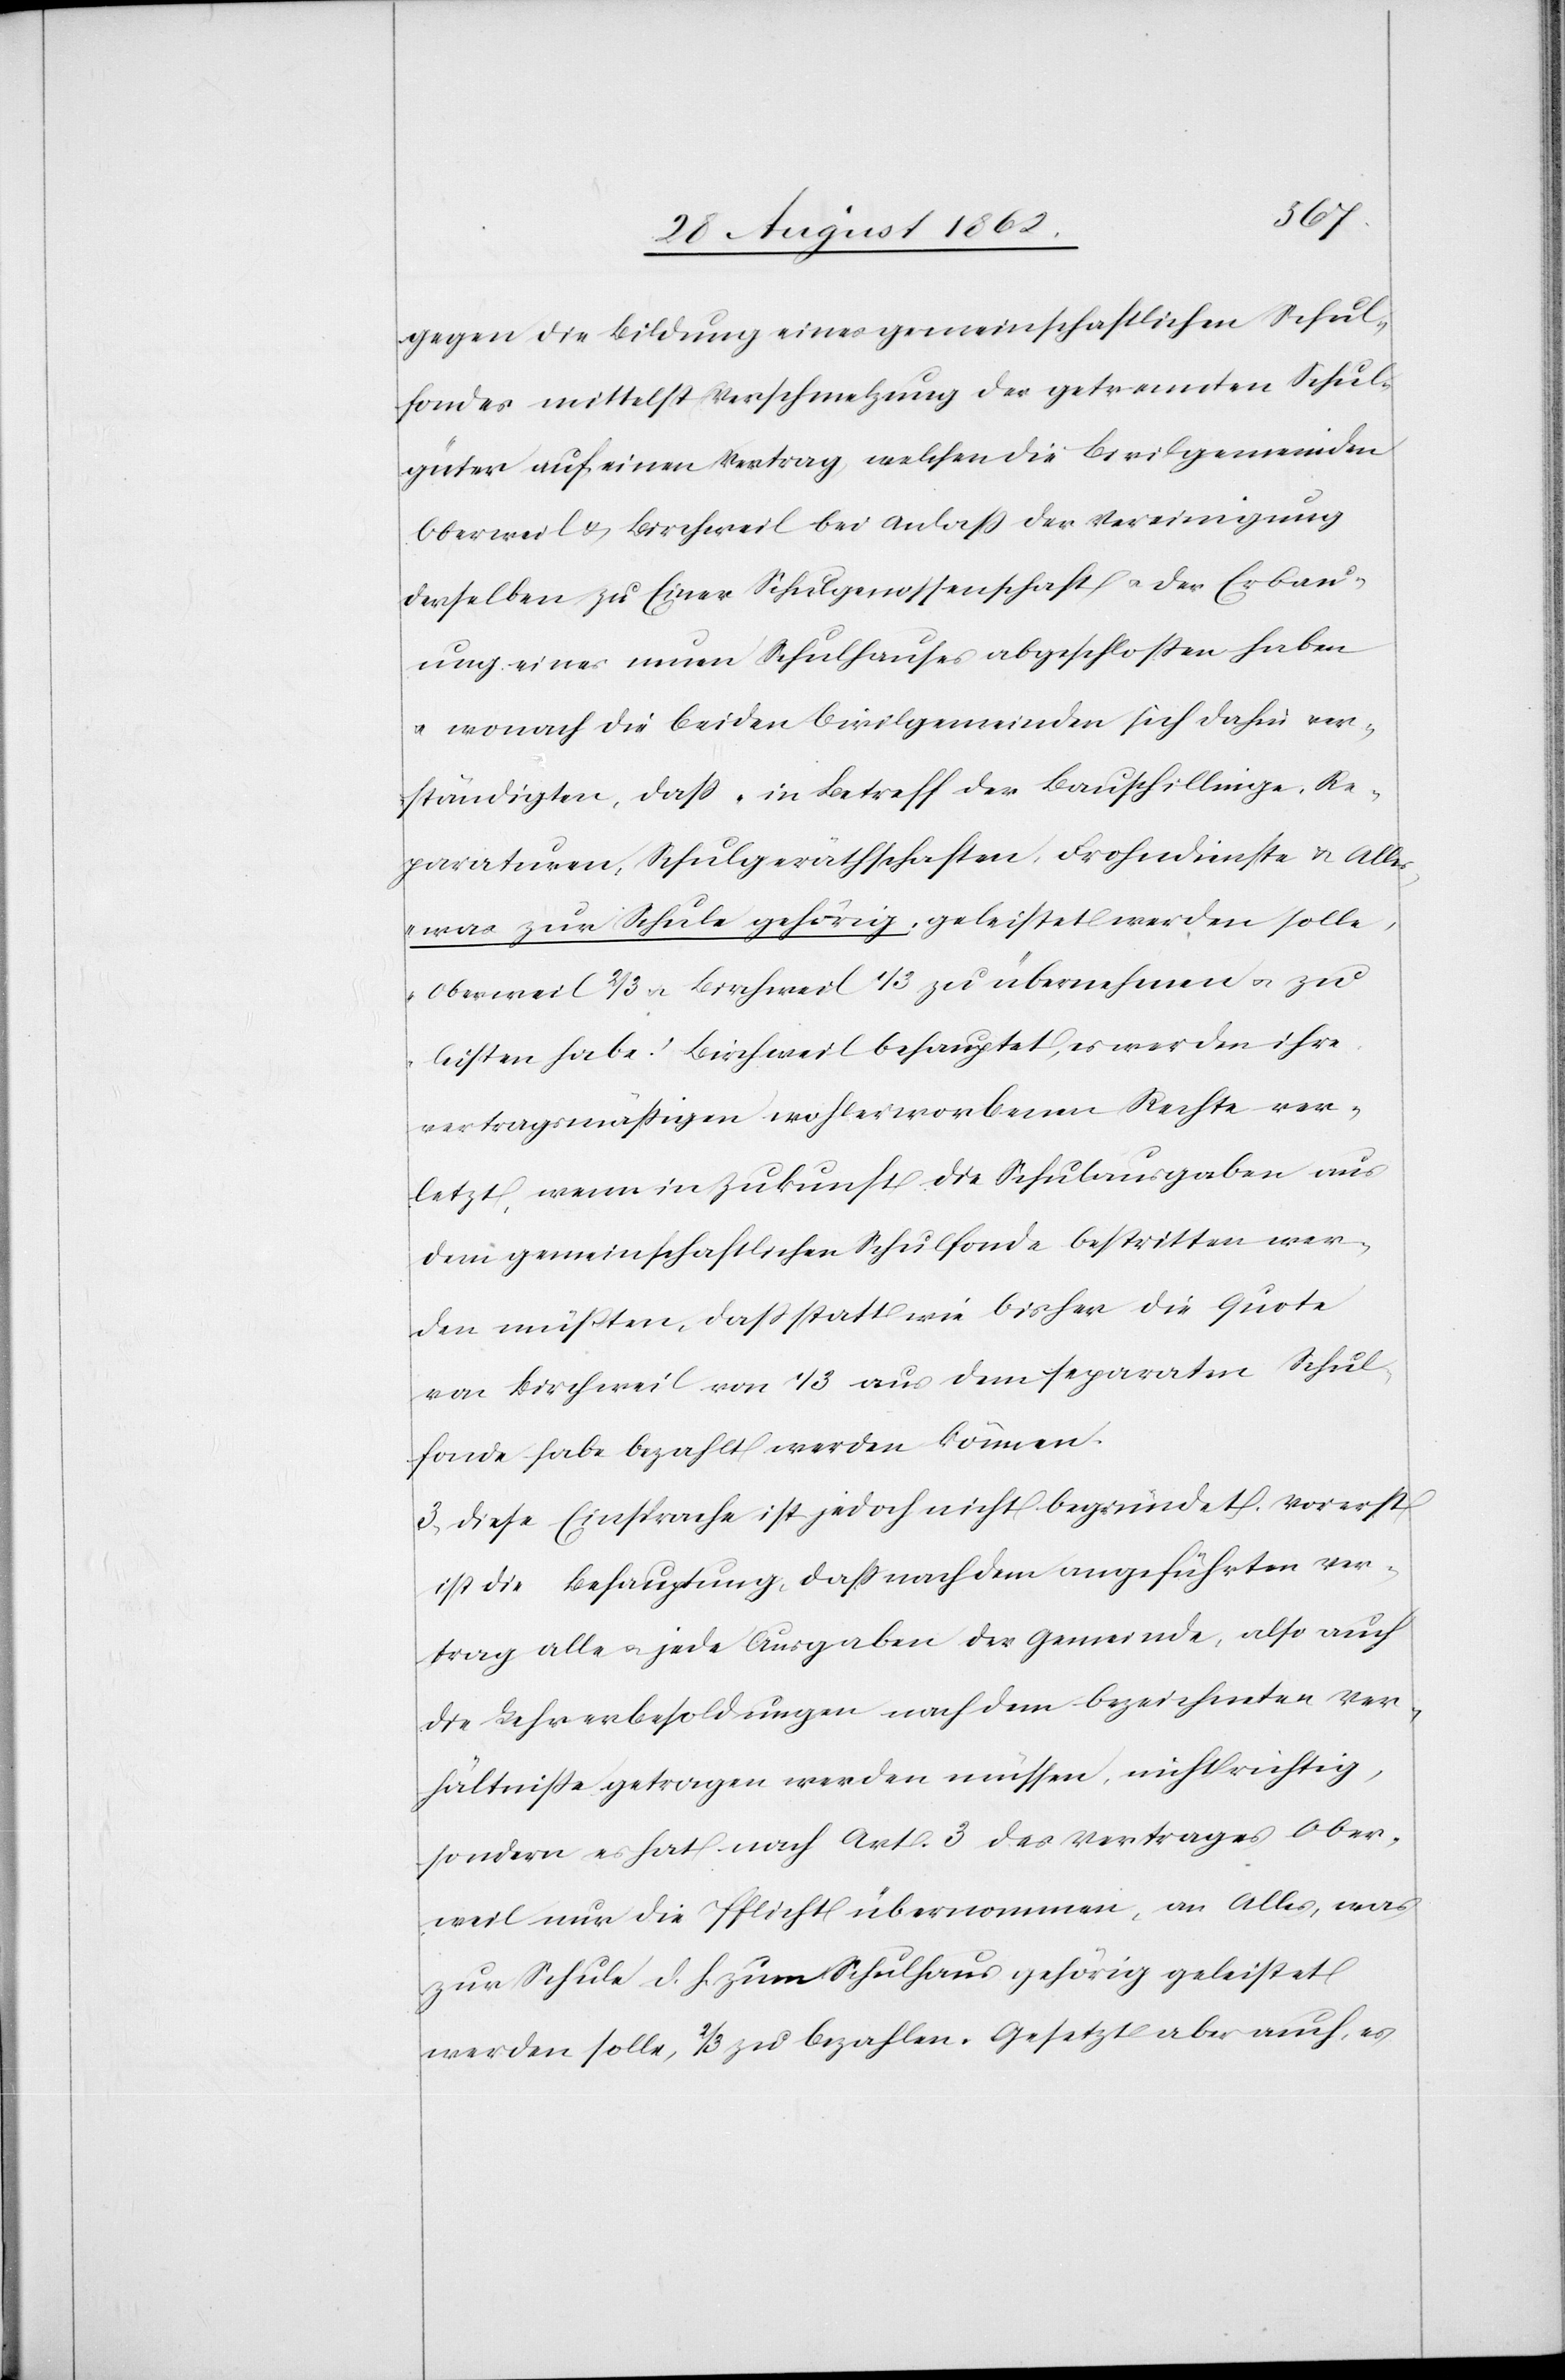
gegen die Bildung eines gemeinschaftlichen Schul¬
fondes mittelst Verschmelzung der getrennten Schul¬
güter auf einen Vertrag, welchen die Civilgemeinden
Oberweil u. Birchweil bei Anlaß der Vereinigung
derselben zu Einer Schulgenossenschaft u. der Erbau¬
ung eines neuen Schulhauses abgeschloßen haben
u. wonach die beiden Civilgemeinden sich dahin ver¬
ständigten, daß „in Betreff der Bauschillinge, Re¬
paraturen, Schulgeräthschaften, Frohndiensten u. Alles
was zur Schule gehörig, geleistet werden solle,
Oberweil 2/3 u. Birchweil 1/3 zu übernehmen u. zu
leisten habe.“ Birchweil behauptet, es werden ihre
verträgsmäßigen wohlerworbenen Rechte ver¬
letzt, wenn in Zukunft die Schulausgaben aus
dem gemeinschaftlichen Schulfonde bestritten wer¬
den müßten, daß statt wie bisher die Quote
von Birchweil von 1/3 aus dem separaten Schul¬
fonde habe bezahlt werden können.
3. Diese Einsprache ist jedoch nicht begründet. Vorerst
ist die Behauptung, daß nach dem angeführten Ver¬
trag alle u. jede Ausgaben der Gemeinde, also auch
die Lehrerbesoldungen nach dem bezeichneten Ver¬
hältniße getragen werden müssen, nicht richtig,
sondern es hat nach Art. 3 des Vertrages Ober¬
weil nur die Pflicht übernommen, an Alles, was
zur Schule d. h. zum Schulhaus gehörig geleistet
werden solle, 2/3 zu bezahlen. Gesetzt aber auch, es